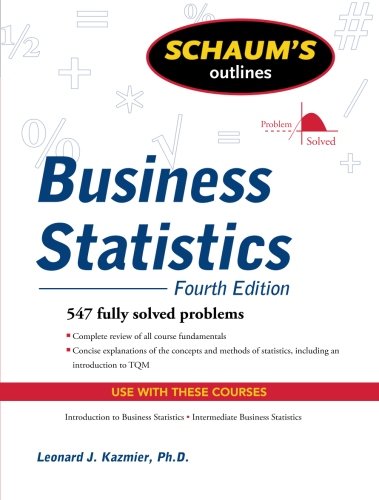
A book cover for Schaum's Outline of Business Statistics, Fourth Edition (Schaum's Outlines); Leonard Kazmier; Business & Money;